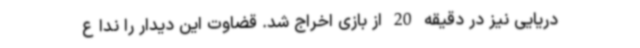
دریایی نیز در دقیقه 20 از بازی اخراج شد. قضاوت این دیدار را ندا ع